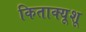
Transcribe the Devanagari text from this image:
किताक्यूशू